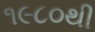
૧૯૮૦થી